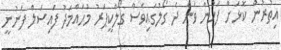
އިތުރުން ކޮޅަށް ފަހުން ވަން ދެ ގޯލުގައިވެސް ގޯލްކީޕަރު މުހައްމަދު ފައިސަލް ފެނުނީ